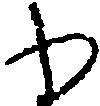
わ